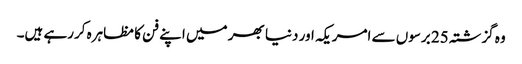
وہ گزشتہ 25 برسوں سے امریکہ اور دنیا بھر میں اپنے فن کا مظاہرہ کررہے ہیں۔